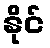
နိုင်